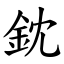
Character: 鈂